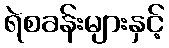
ရဲစခန်းများနှင့်